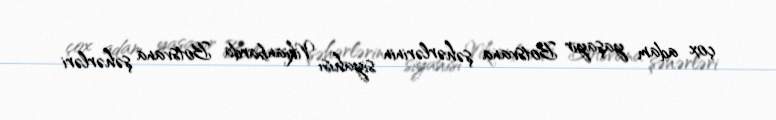
çox adam yaşayır Botsvana şəhərlərinin siyahısı Vikianbarda Botsvana şəhərləri